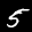
Label: 5